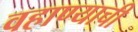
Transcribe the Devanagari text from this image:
वहाण्याची